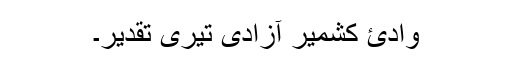
وادئ کشمیر آزادی تیری تقدیر۔